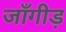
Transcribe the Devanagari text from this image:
जाँगीड़